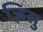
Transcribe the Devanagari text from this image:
ज़िसु